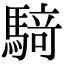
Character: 𮪍